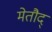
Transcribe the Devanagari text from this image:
मेतौद्